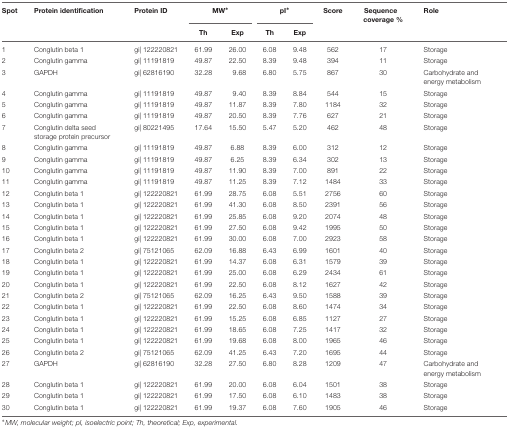
<table><thead><tr><td><b>Spot</b></td><td><b>Protein identification</b></td><td><b>Protein ID</b></td><td colspan="2"><b>MW<sup>∗</sup></b></td><td colspan="2"><b>pI<sup>∗</sup></b></td><td><b>Score</b></td><td><b>Sequence coverage %</b></td><td><b>Role</b></td></tr><tr><td></td><td></td><td></td><td><b>Th</b></td><td><b>Exp</b></td><td><b>Th</b></td><td><b>Exp</b></td><td></td><td></td><td></td></tr></thead><tbody><tr><td>1</td><td>Conglutin beta 1</td><td>gi| 122220821</td><td>61.99</td><td>26.00</td><td>6.08</td><td>9.48</td><td>562</td><td>17</td><td>Storage</td></tr><tr><td>2</td><td>Conglutin gamma</td><td>gi| 11191819</td><td>49.87</td><td>22.50</td><td>8.39</td><td>9.48</td><td>394</td><td>11</td><td>Storage</td></tr><tr><td>3</td><td>GAPDH</td><td>gi| 62816190</td><td>32.28</td><td>9.68</td><td>6.80</td><td>5.75</td><td>867</td><td>30</td><td>Carbohydrate and energy metabolism</td></tr><tr><td>4</td><td>Conglutin gamma</td><td>gi| 11191819</td><td>49.87</td><td>9.40</td><td>8.39</td><td>8.84</td><td>544</td><td>15</td><td>Storage</td></tr><tr><td>5</td><td>Conglutin gamma</td><td>gi| 11191819</td><td>49.87</td><td>11.87</td><td>8.39</td><td>7.80</td><td>1184</td><td>32</td><td>Storage</td></tr><tr><td>6</td><td>Conglutin gamma</td><td>gi| 11191819</td><td>49.87</td><td>20.50</td><td>8.39</td><td>7.76</td><td>627</td><td>21</td><td>Storage</td></tr><tr><td>7</td><td>Conglutin delta seed storage protein precursor</td><td>gi| 80221495</td><td>17.64</td><td>15.50</td><td>5.47</td><td>5.20</td><td>462</td><td>48</td><td>Storage</td></tr><tr><td>8</td><td>Conglutin gamma</td><td>gi| 11191819</td><td>49.87</td><td>6.88</td><td>8.39</td><td>6.00</td><td>312</td><td>12</td><td>Storage</td></tr><tr><td>9</td><td>Conglutin gamma</td><td>gi| 11191819</td><td>49.87</td><td>6.25</td><td>8.39</td><td>6.34</td><td>302</td><td>13</td><td>Storage</td></tr><tr><td>10</td><td>Conglutin gamma</td><td>gi| 11191819</td><td>49.87</td><td>11.90</td><td>8.39</td><td>7.00</td><td>891</td><td>22</td><td>Storage</td></tr><tr><td>11</td><td>Conglutin gamma</td><td>gi| 11191819</td><td>49.87</td><td>11.25</td><td>8.39</td><td>7.12</td><td>1484</td><td>33</td><td>Storage</td></tr><tr><td>12</td><td>Conglutin beta 1</td><td>gi| 122220821</td><td>61.99</td><td>28.75</td><td>6.08</td><td>5.51</td><td>2756</td><td>60</td><td>Storage</td></tr><tr><td>13</td><td>Conglutin beta 1</td><td>gi| 122220821</td><td>61.99</td><td>41.30</td><td>6.08</td><td>8.50</td><td>2391</td><td>56</td><td>Storage</td></tr><tr><td>14</td><td>Conglutin beta 1</td><td>gi| 122220821</td><td>61.99</td><td>25.85</td><td>6.08</td><td>9.20</td><td>2074</td><td>48</td><td>Storage</td></tr><tr><td>15</td><td>Conglutin beta 1</td><td>gi| 122220821</td><td>61.99</td><td>27.50</td><td>6.08</td><td>9.42</td><td>1995</td><td>50</td><td>Storage</td></tr><tr><td>16</td><td>Conglutin beta 1</td><td>gi| 122220821</td><td>61.99</td><td>30.00</td><td>6.08</td><td>7.00</td><td>2923</td><td>58</td><td>Storage</td></tr><tr><td>17</td><td>Conglutin beta 2</td><td>gi| 75121065</td><td>62.09</td><td>16.88</td><td>6.43</td><td>6.99</td><td>1601</td><td>40</td><td>Storage</td></tr><tr><td>18</td><td>Conglutin beta 1</td><td>gi| 122220821</td><td>61.99</td><td>14.37</td><td>6.08</td><td>6.31</td><td>1579</td><td>39</td><td>Storage</td></tr><tr><td>19</td><td>Conglutin beta 1</td><td>gi| 122220821</td><td>61.99</td><td>25.00</td><td>6.08</td><td>6.29</td><td>2434</td><td>61</td><td>Storage</td></tr><tr><td>20</td><td>Conglutin beta 1</td><td>gi| 122220821</td><td>61.99</td><td>22.50</td><td>6.08</td><td>8.12</td><td>1627</td><td>42</td><td>Storage</td></tr><tr><td>21</td><td>Conglutin beta 2</td><td>gi| 75121065</td><td>62.09</td><td>16.25</td><td>6.43</td><td>9.50</td><td>1588</td><td>39</td><td>Storage</td></tr><tr><td>22</td><td>Conglutin beta 1</td><td>gi| 122220821</td><td>61.99</td><td>22.50</td><td>6.08</td><td>8.60</td><td>1474</td><td>34</td><td>Storage</td></tr><tr><td>23</td><td>Conglutin beta 1</td><td>gi| 122220821</td><td>61.99</td><td>15.25</td><td>6.08</td><td>6.85</td><td>1127</td><td>27</td><td>Storage</td></tr><tr><td>24</td><td>Conglutin beta 1</td><td>gi| 122220821</td><td>61.99</td><td>18.65</td><td>6.08</td><td>7.25</td><td>1417</td><td>32</td><td>Storage</td></tr><tr><td>25</td><td>Conglutin beta 1</td><td>gi| 122220821</td><td>61.99</td><td>19.68</td><td>6.08</td><td>8.00</td><td>1965</td><td>46</td><td>Storage</td></tr><tr><td>26</td><td>Conglutin beta 2</td><td>gi| 75121065</td><td>62.09</td><td>41.25</td><td>6.43</td><td>7.20</td><td>1695</td><td>44</td><td>Storage</td></tr><tr><td>27</td><td>GAPDH</td><td>gi| 62816190</td><td>32.28</td><td>27.50</td><td>6.80</td><td>8.28</td><td>1209</td><td>47</td><td>Carbohydrate and energy metabolism</td></tr><tr><td>28</td><td>Conglutin beta 1</td><td>gi| 122220821</td><td>61.99</td><td>20.00</td><td>6.08</td><td>6.04</td><td>1501</td><td>38</td><td>Storage</td></tr><tr><td>29</td><td>Conglutin beta 1</td><td>gi| 122220821</td><td>61.99</td><td>17.50</td><td>6.08</td><td>6.10</td><td>1483</td><td>38</td><td>Storage</td></tr><tr><td>30</td><td>Conglutin beta 1</td><td>gi| 122220821</td><td>61.99</td><td>19.37</td><td>6.08</td><td>7.60</td><td>1905</td><td>46</td><td>Storage</td></tr></tbody></table>